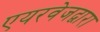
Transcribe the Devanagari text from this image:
एयरवेजद्वारा